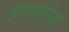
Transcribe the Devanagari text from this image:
युवासेना